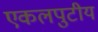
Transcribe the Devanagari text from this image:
एकलपुटीय